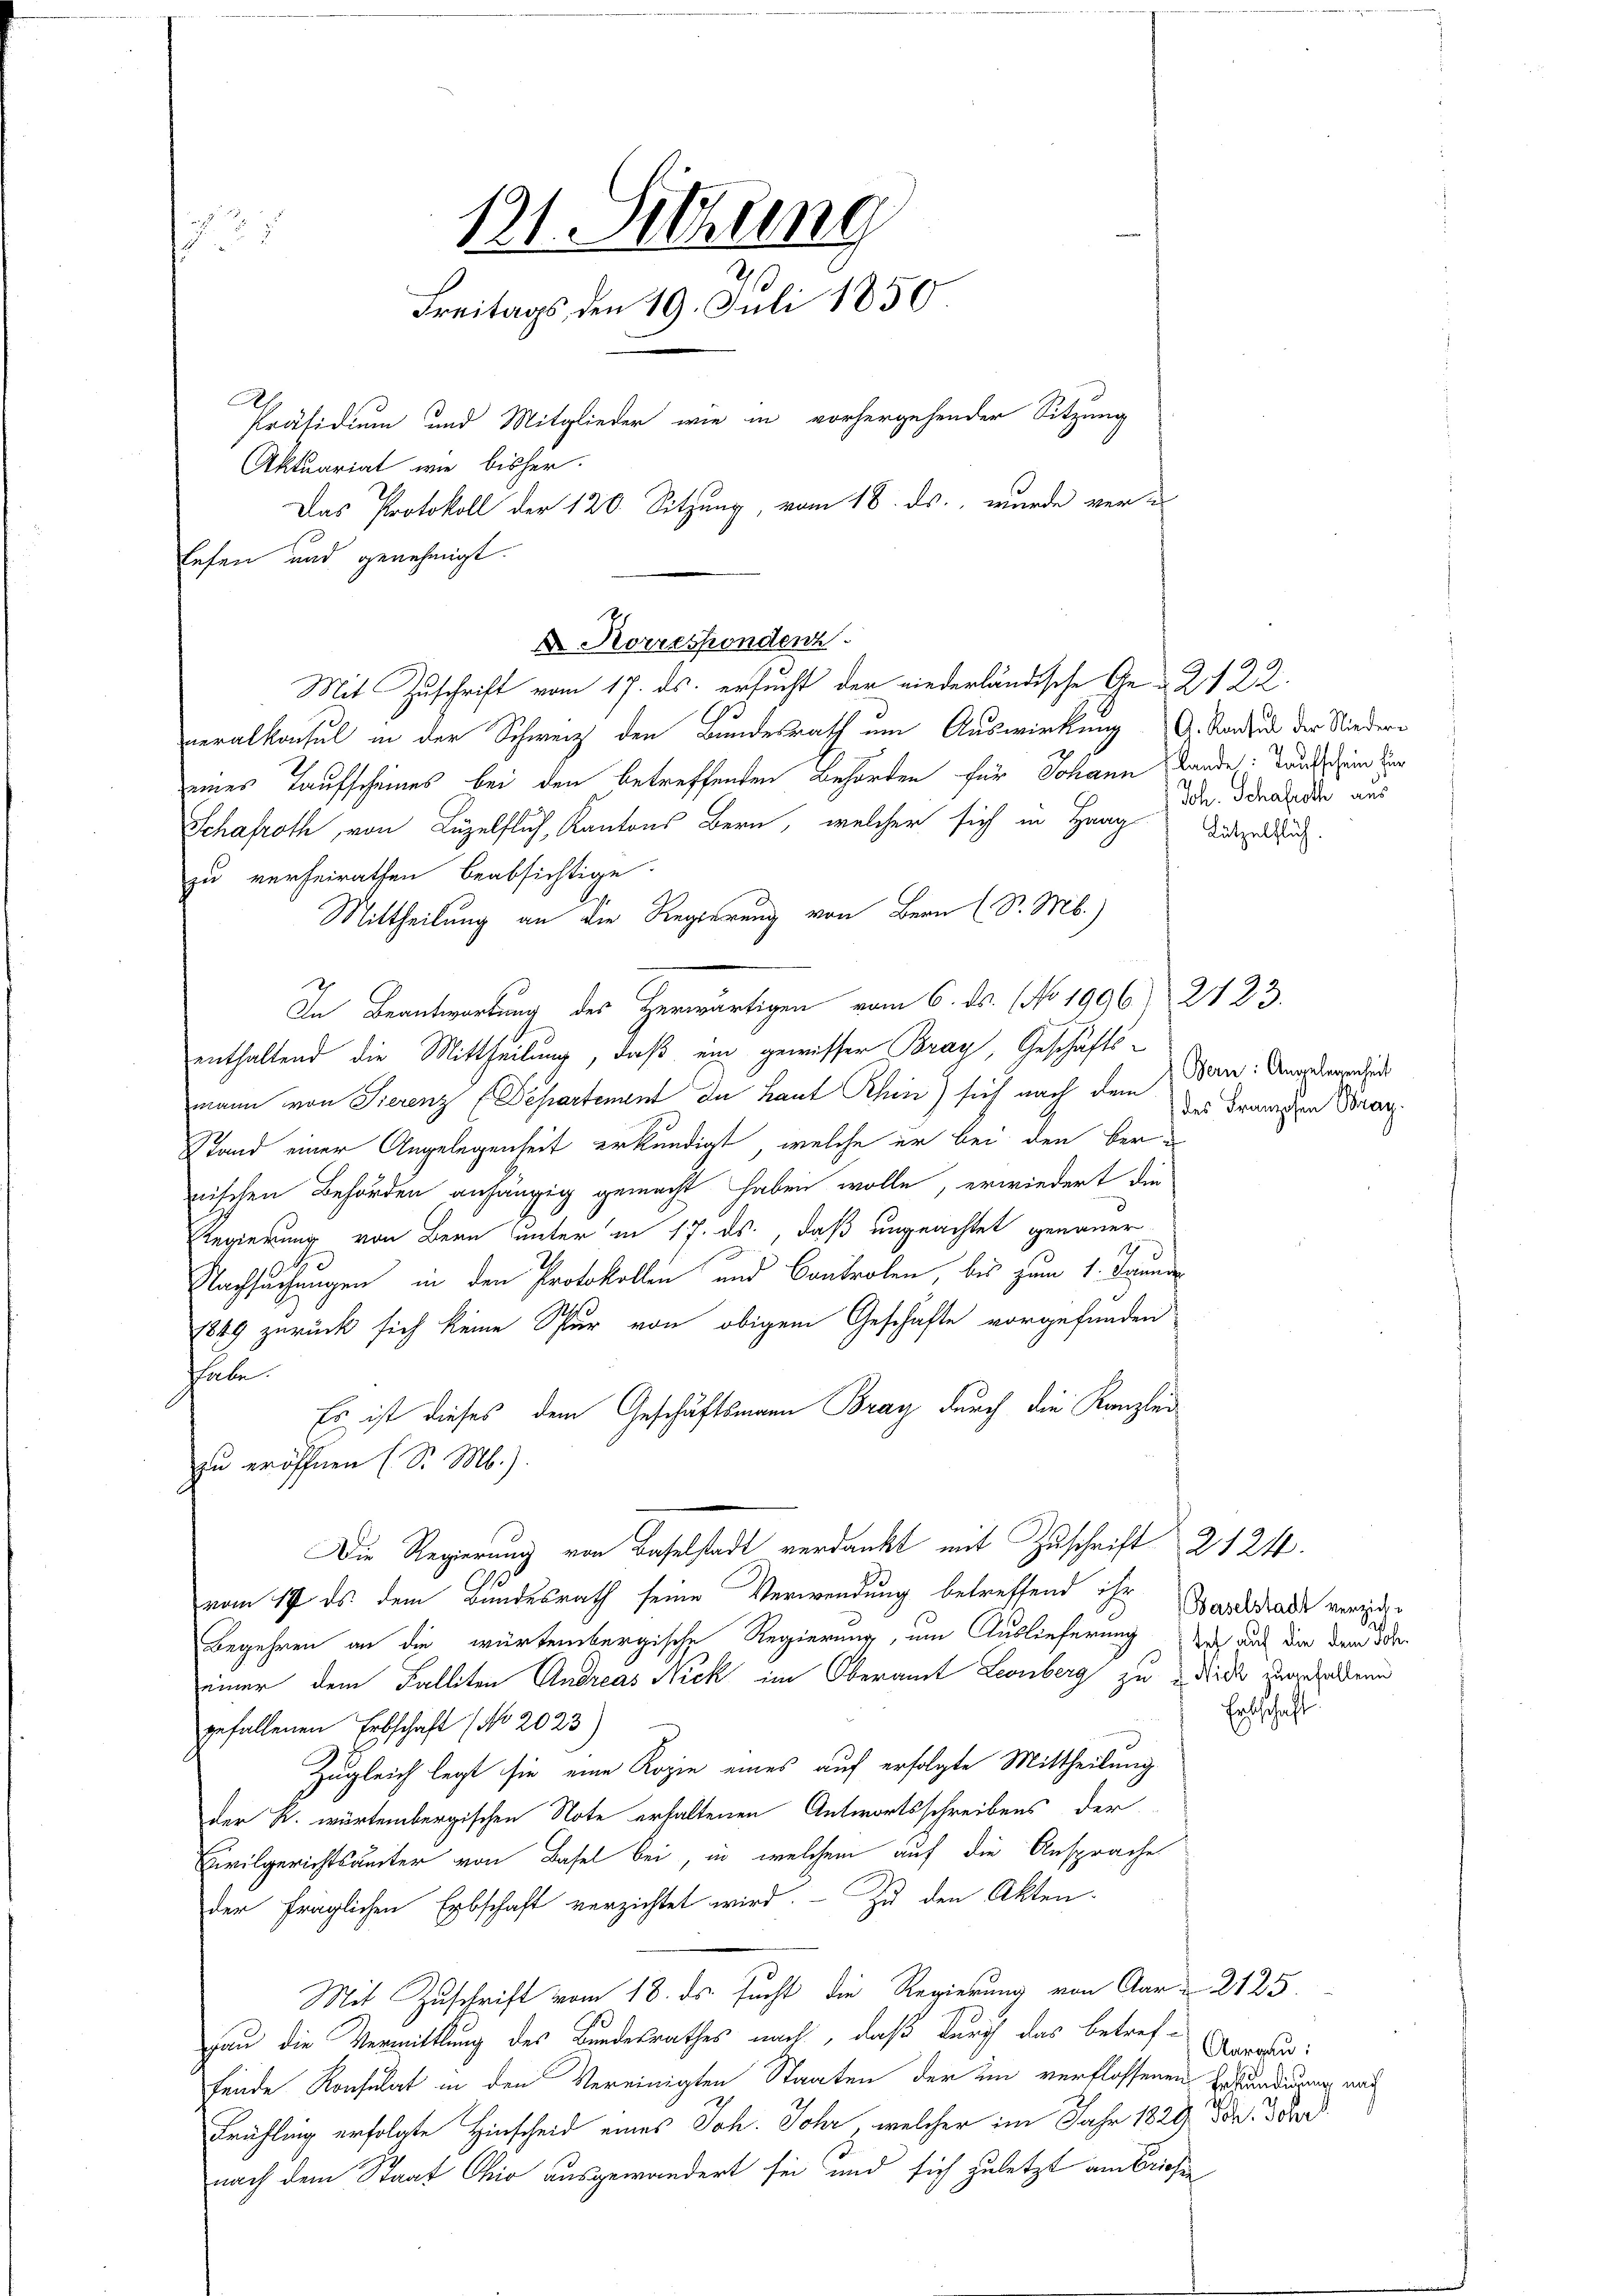
131. Sitzung
 27
Freitags den 19. Juli 1850
Präsidium und Mitglieder wie in vorhergehender Sitzung
Aktuariat wie bisher.
Das Protokoll der 120. Sitzung, vom 18. ds., wurde ver-
lesen und genehmigt.

neralkonsul in der Schweiz den Bundesrath um Auswirkung G. Sadus der Niedereines Taufscheines bei den betreffenden Behörden für Johann ande: Land ein der
Schafroth, von Luzelfluh, Kantons Bern, welcher sich in Haag
zu verheirathen beabsichtige
Mittheilung an die Regierung von Bern (S. M.)
In Beantwortung des Herwärtigen vom 6. ds. No 1906. 2123.
enthaltend die Mittheilung, daß ein gewisser Bray, Geschäftsmann von Tierenz (Departement du Laut Rhin) sich nach dem Ban: Anorderenzu
Stand einer Angelegenheit erkundigt, welche er bei den bernischen Behörden anhängig gemacht haben wolle, erwiedert die
Regierung von Bern unter in 17. ds., daß ungeachtet genauer
e
Nachsuchungen in den Protokollen und Controlen, bis zum 1. Januar
1849 zurück sich keine Spur von obigem Geschäfte vorgefunden
habe.
Es ist dieses dem Geschäftsmann Bray durch die Kanzlei
zu eröffnen (S. M.).
Die Regierung von Baselstadt verdankt mit Zuschrift 2124.
vom 17. ds dem Bundesrath seine Verwendung betreffend ihr Karlstadt verzen
Begehren an die würtembergische Regierung, um Auslieferung doch auf die dem Sohn
einer dem Falliten Andreas Nick im Oberamt Leonberg zu die angehaltene
gefallenen Erbschaft (No 2023
Zugleich legt sie eine Kopie eines auf erfolgte Mittheilung
der R. wartembergischen Note erhaltenen Antwortsschreibens der
Civilgerichtsbeiter von Basel bei, in welchem auf die Ansprache
der fraglichen Erbschaft verzichtet wird. - Zu den Akten.
Mit Zuschrift vom 18. ds. sucht die Regierung von Aar-2125
hau die Vermittlung des Bundesrathes nach, daß durch das betreffende Konsulat in den Vereinigten Staaten der in verflossenen Erständigung nach
Frühling erfolgte Hinscheid eines Joh. Johr, welcher im Jahr 1829. Da da
nach dem Staat Chio ausgewandert sei und sich zuletzt am Briefen

X Korrespondenz
Mit Zuschrift vom 17. ds. ersucht der niederländische Ge- & 2122.

Joh. Schaftsch aus
Lützelflüh.

) des Franzosen Bray.

Ertschaft

Aargau: